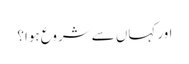
اور کہاں سے شروع ہوا؟